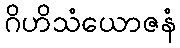
ဂိဟိသံယောဇနံ